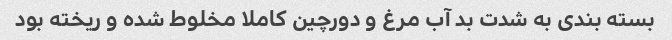
بسته بندی به شدت بد آب مرغ و دورچین کاملا مخلوط شده و ریخته بود